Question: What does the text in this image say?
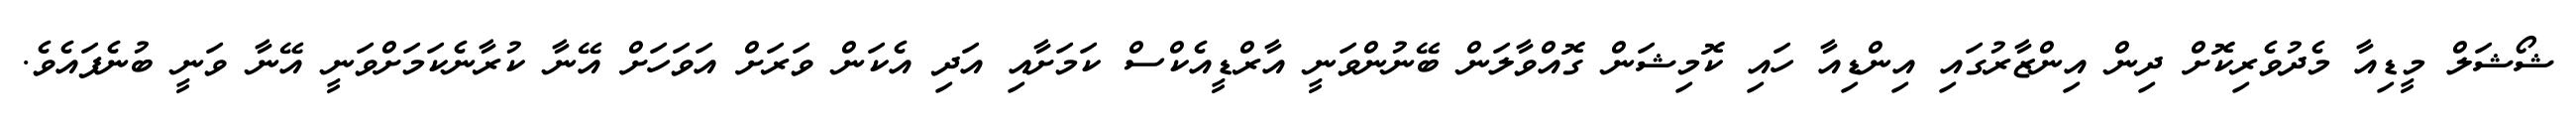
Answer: ޝޯޝަލް މީޑިއާ މެދުވެރިކޮށް ދިން އިންޒާރުގައި އިންޑިއާ ހައި ކޮމިޝަން ގޮއްވާލަން ބޭނުންވަނީ އާރްޑީއެކްސް ކަމަށާއި އަދި އެކަން ވަރަށް އަވަހަށް އޭނާ ކުރާނެކަމަށްވަނީ އޭނާ ވަނީ ބުނެފައެވެ.